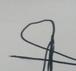
Signature authenticity: forged